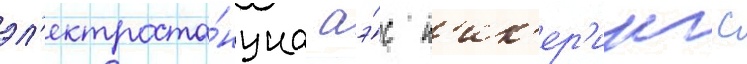
эл'ектроста́нциа аэ́с п'ик'ер'инг с